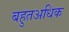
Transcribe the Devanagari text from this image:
बहुतअधिक